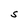
Character: S